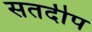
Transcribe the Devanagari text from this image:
सतदीप